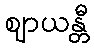
ဈာယန္တီ